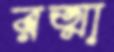
রত্মা